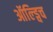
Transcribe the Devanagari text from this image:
ऑल्ड्विच